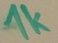
Text: 1k